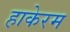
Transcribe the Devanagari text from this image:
हाकेरम